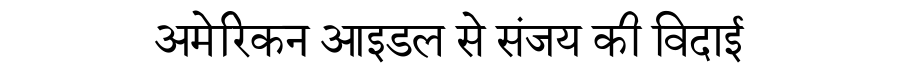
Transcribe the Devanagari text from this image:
अमेरिकन आइडल से संजय की विदाई